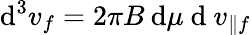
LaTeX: \mathrm{d}^{3}v_{f}=2\pi B\: \mathrm{d}\mu\mathrm{~d~}v_{\parallel f}